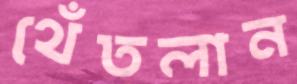
থেঁতলান